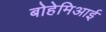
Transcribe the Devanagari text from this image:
बोहेमिआई